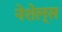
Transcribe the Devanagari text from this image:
नेशेल्स